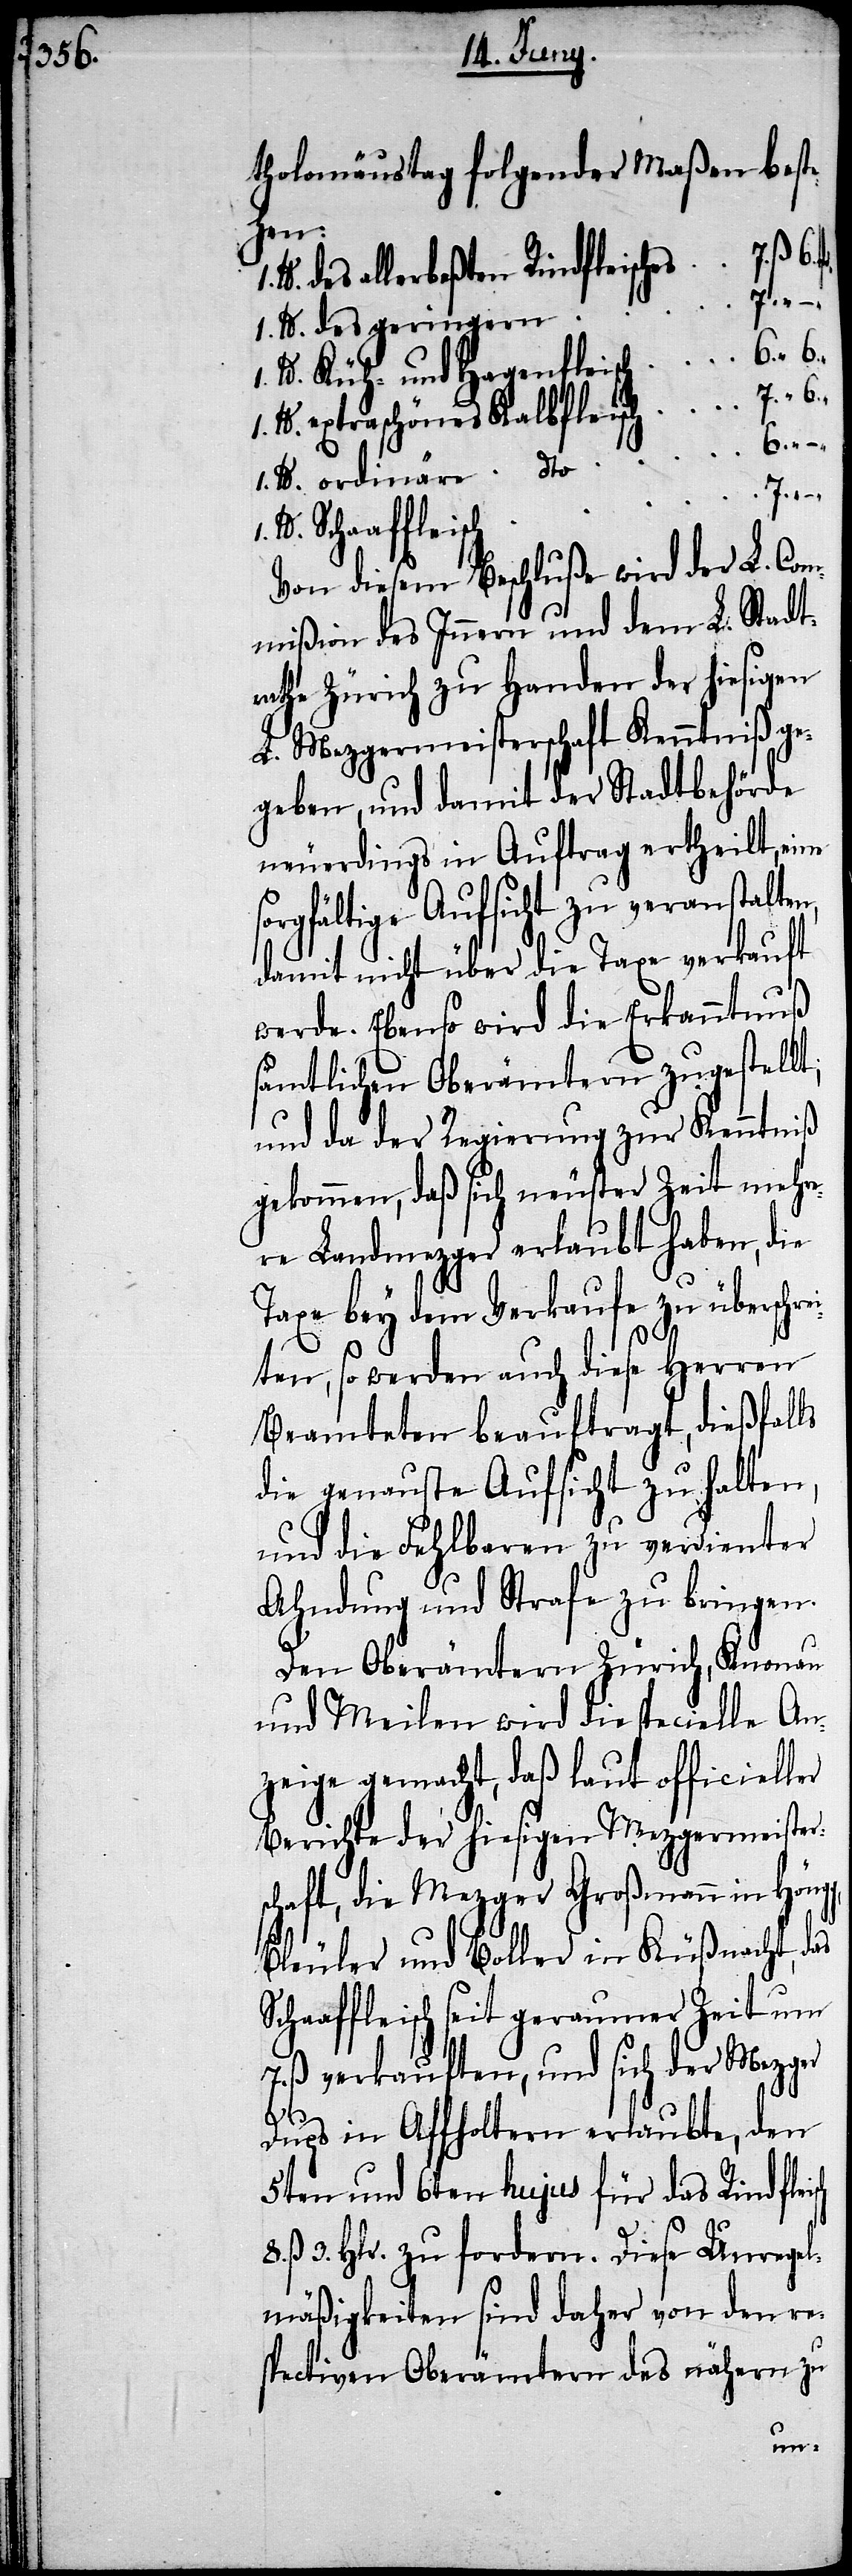
tholomäustag folgender Maßen beste¬
hen:
lb. des allerbeßten Rindfleische¬
des
“
“ 6.
lb. Küh- und Hagenfleisch			6.
“ 6.
lb. extraschönes Kalbfleisc¬
Von diesem Beschluße wird der L. Com¬
mißion des Innern und dem L. Stadt¬
rathe Zürich zu Handen der hiesigen
L. Mezgermeisterschaft Kenntniß ge¬
geben, und damit der Stadtbehörde
neuerdings in Auftrag ertheilt, eine
sorgfältige Aufsicht zu veranstalten,
damit nicht über die Taxe verkauft
werde. Ebenso wird die Erkanntnuß
sämtlichen Oberämtern zugestellt,
und da der Regierung zur Kenntniß
gekommen, daß sich neuster Zeit mehre¬
re Landmezger erlaubt haben, die
Taxe bey dem Verkaufe zu überschre¬
ch
8.
iten, so werden auch diese Herren
Beamteten beauftragt, dießfalls
die genauste Aufsicht zu halten,
und die Fehlbaren zu verdienter
Ahndung und Strafe zu bringen.
Den Oberämtern Zürich, Knonau
und Meilen wird die specielle An¬
zeige gemacht, daß laut officieller
Berichte der hiesigen Mezgermeister¬
schaft, die Mezger Großmann in Höng¬
Bleuler und Boller in Küßnacht, das
Schaaffleisch seit geraumer Zeit um
7. ß verkauften, und sich der Mezger
Dups in Affoltern erlaubte, den
5ten und 6ten hujus für das Rindfleis¬
3. Hlr. zu fordern. Diese Unregel¬
mäßigkeiten sind daher von den re¬
spectiven Oberämtern des nähern zu